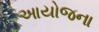
આયોજના